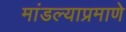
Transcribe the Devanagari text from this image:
मांडल्याप्रमाणे